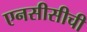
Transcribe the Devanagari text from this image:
एनसीसीची